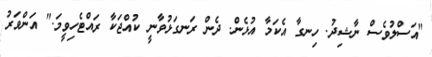
"އަސްލުވެސް ނާޝިދު. ހިނގާ އެކަމާ އުޅެން. ދެން ރަނގަޅުވާނީ ކުއްޖަކާ ރައްޓެހިވީމަ." އަންވަރު